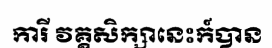
ការី វគ្គសិក្សានេះក៍បាន